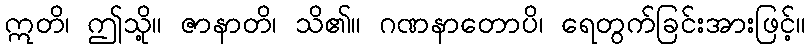
ဣတိ၊ ဤသို့။ ဇာနာတိ၊ သိ၏။ ဂဏနာတောပိ၊ ရေတွက်ခြင်းအားဖြင့်။